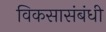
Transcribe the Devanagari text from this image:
विकसासंबंधी